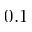
0 . 1